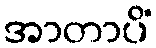
အာတာပိံ